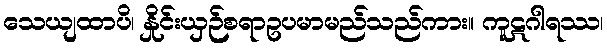
သေယျထာပိ၊ နှိုင်းယှဉ်စရာဥပမာမည်သည်ကား။ ကူဋဂါရဿ၊